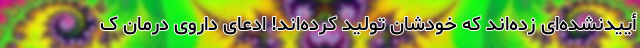
أییدنشده‌ای زده‌اند که خودشان تولید کرده‌اند! ادعای داروی درمان ک